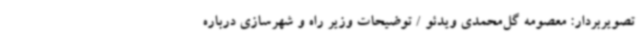
تصویربردار: معصومه گل‌محمدی ویدئو / توضیحات وزیر راه و شهرسازی درباره